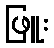
ဖြူး